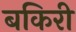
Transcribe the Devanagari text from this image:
बकिरी